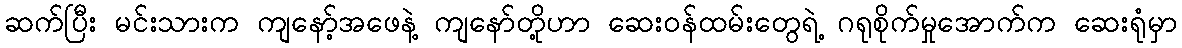
ဆက်ပြီး မင်းသားက ကျနော့်အဖေနဲ့ ကျနော်တို့ဟာ ဆေးဝန်ထမ်းတွေရဲ့ ဂရုစိုက်မှုအောက်က ဆေးရုံမှာ